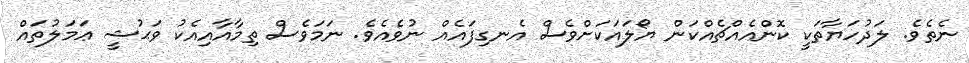
ނެތެވެ. ލަދުހަޔާތަކީ ކޮންއެއްޗެއްކަން ޔޯލައަކަށްވެސް އެނގިފައެއް ނުވެއެވެ. ނަމަވެސް ތިމާއާއިއެކު ވަޙުޝީ ޢަމަލުތައް